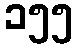
၁၅၅